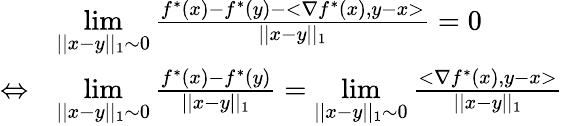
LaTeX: \begin{array}{rl}{}&{\underset{||x-y||_{1}\sim 0}{\operatorname*{lim}}\frac{f^{*}(x)-f^{*}(y)-<\nabla f^{*}(x),y-x>}{||x-y||_{1}}=0}\\ {\Leftrightarrow}&{\underset{||x-y||_{1}\sim 0}{\operatorname*{lim}}\frac{f^{*}(x)-f^{*}(y)}{||x-y||_{1}}=\underset{||x-y||_{1}\sim 0}{\operatorname*{lim}}\frac{<\nabla f^{*}(x),y-x>}{||x-y||_{1}}}\end{array}